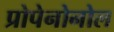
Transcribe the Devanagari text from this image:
प्रोपेनोनोल